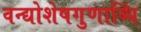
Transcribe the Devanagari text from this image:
वन्द्योशेषगुणाब्धिं